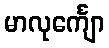
မာလုင်္ကျော